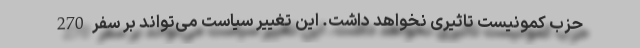
حزب کمونیست تاثیری نخواهد داشت. این تغییر سیاست می‌تواند بر سفر 270